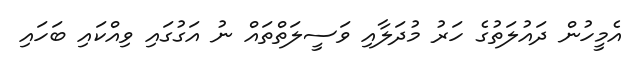
އެމީހުން ދައުލަތުގެ ހަރު މުދަލާއި ވަސީލަތްތައް ނު އަގުގައި ވިއްކައި ބަހައި